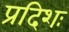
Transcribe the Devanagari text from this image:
प्रदिशः